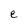
Character: e